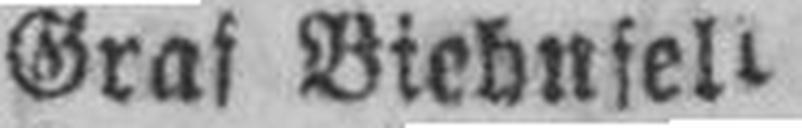
Graf Biebnsell